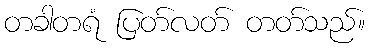
တခါတရံ ပြတ်လတ် တတ်သည်။